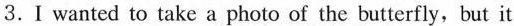
3.Ⅰ wanted to take a photo of the butterfly,but it